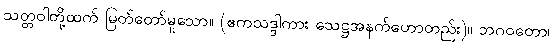
သတ္တဝါတို့ထက် မြတ်တော်မူသော။ (ဧကသဒ္ဒါကား သေဋ္ဌအနက်ဟောတည်း)။ ဘဂဝတော၊